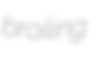
broiling